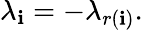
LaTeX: \lambda_{\mathbf{i}}=-\lambda_{r(\mathbf{i})}.